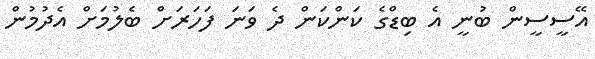
އޭސީސީން ބުނީ އެ ބިޑްގެ ކަންކަން ދެ ވަނަ ފަހަރަށް ބެލުމަށް އެދުމުން